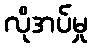
လိုအပ်မှု